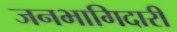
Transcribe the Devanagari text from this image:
जनभागिदारी